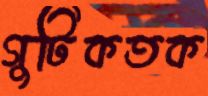
গুটিকতক